Civil Veterinary Department Bihar & Orissa reports 1911-21 - 1911-1921
Year: 1911
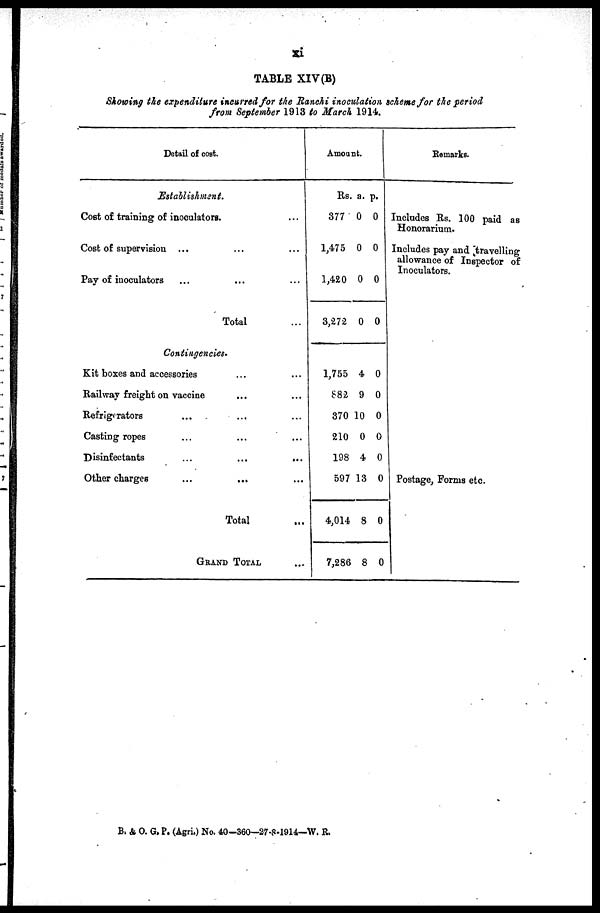
xi
TABLE XIV (B)
Showing the expenditure incurred for the Ranchi inoculation scheme for the period
from September 1913 to March 1914.
Detail of cost.
Establishment.
Cost of training of inoculators. ...
Cost of supervision ... ... ...
Pay of inoculators ... ... ...
Total
Contingencies.
Kit boxes and accessories ... ...
Railway freight on vaccine ... ...
Refrigerators ... ... ...
Casting ropes ... ... ...
Disinfectants ... ... ...
Other charges
...
...
Total ...
GRAND TOTAL ...
Amount.
Rs.
377
1,475
1,420
3,272
1,755
882
370
210
198
597
4,014
7,286
a.
0
0
0
0
4
9
10
0
4
13
8
8
p.
0
0
0
0
0
0
0
0
0
0
0
0
Remarks.
Includes Rs. 100 paid as
Honorarium.
Includes pay and travelling
allowance of Inspector of
Inoculators.
Postage, Forms etc.
B. & O. G. P. (Agri.) No. 40-360—27-8-1914—W. R.